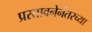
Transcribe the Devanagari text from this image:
प्रस्तावनेनंतरच्या